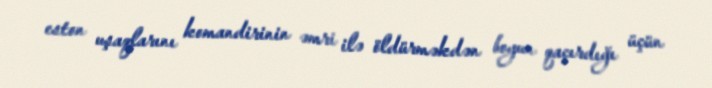
eston uşaqlarını komandirinin əmri ilə öldürməkdən boyun qaçırdığı üçün